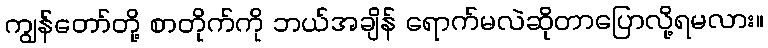
ကျွန်တော်တို့ စာတိုက်ကို ဘယ်အချိန် ရောက်မလဲဆိုတာပြောလို့ရမလား။